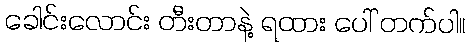
ခေါင်းလောင်း တီးတာနဲ့ ရထား ပေါ် တက်ပါ။